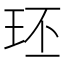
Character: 㺽